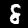
Digit: 8